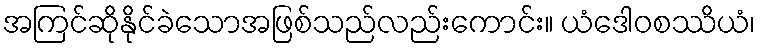
အကြင်ဆိုနိုင်ခဲသောအဖြစ်သည်လည်းကောင်း။ ယံဒေါဝစဿိယံ၊